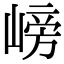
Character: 嵭